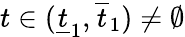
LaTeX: t\in(\underline{{t}}_{1},\overline{{t}}_{1})\not=\emptyset